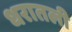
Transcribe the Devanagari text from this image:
धरातली